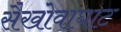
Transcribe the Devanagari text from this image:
सैखोवाघाट